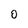
Character: D